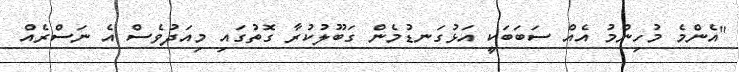
"އެންމެ މުހިންމު އެއް ސަބަބަކީ އަޅުގަނޑުމެން ގަބޫލުކުރާ ގޮތުގައި މިއަދުވެސް އެ ނަސްރެއް